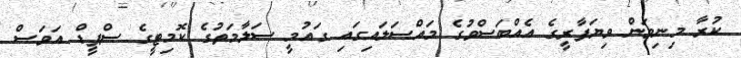
ކުރާ މިނިވަން ވިޔަފާރީގެ އެއްބަސްވުުގެ މައްސަލައިގައި ގައުމީ ސަލާމަތުގެ ކޮމިޓީގެ ސްޕީޑް އަވަސް